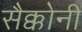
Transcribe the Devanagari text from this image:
सैक्कोनी